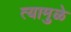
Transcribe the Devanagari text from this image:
त्यामुुळे